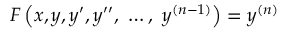
F \left( x , y , y ^ { \prime } , y ^ { \prime \prime } , \ \ldots , \ y ^ { ( n - 1 ) } \right) = y ^ { ( n ) }